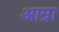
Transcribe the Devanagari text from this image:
आम्रा